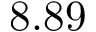
8 . 8 9